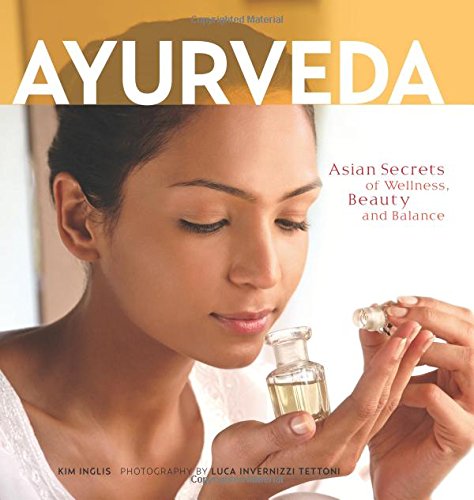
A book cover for Ayurveda: Asian Secrets of Wellness, Beauty and Balance; Kim Inglis; Health, Fitness & Dieting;